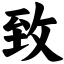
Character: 致